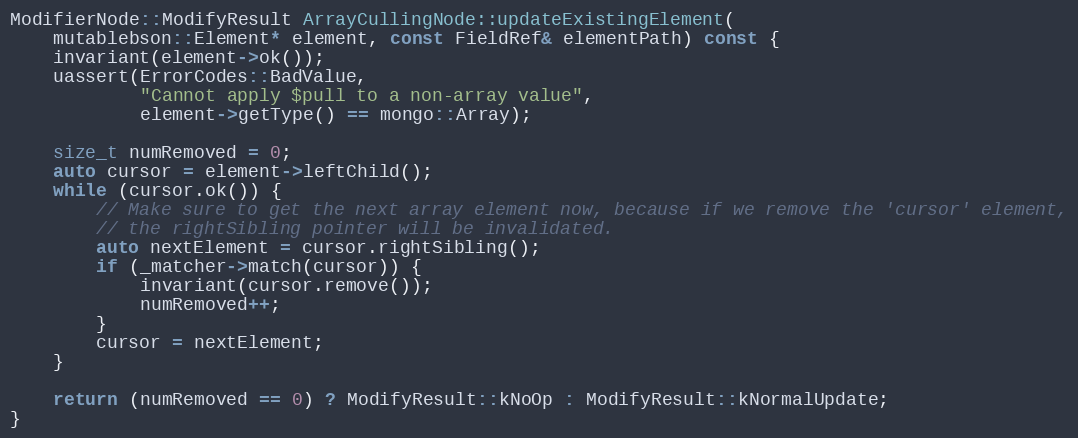
Language: C++
ModifierNode::ModifyResult ArrayCullingNode::updateExistingElement(
    mutablebson::Element* element, const FieldRef& elementPath) const {
    invariant(element->ok());
    uassert(ErrorCodes::BadValue,
            "Cannot apply $pull to a non-array value",
            element->getType() == mongo::Array);

    size_t numRemoved = 0;
    auto cursor = element->leftChild();
    while (cursor.ok()) {
        // Make sure to get the next array element now, because if we remove the 'cursor' element,
        // the rightSibling pointer will be invalidated.
        auto nextElement = cursor.rightSibling();
        if (_matcher->match(cursor)) {
            invariant(cursor.remove());
            numRemoved++;
        }
        cursor = nextElement;
    }

    return (numRemoved == 0) ? ModifyResult::kNoOp : ModifyResult::kNormalUpdate;
}